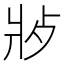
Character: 𬋿